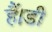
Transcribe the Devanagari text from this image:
हैं।डी